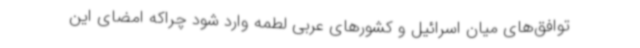
توافق‌های میان اسرائیل و کشورهای عربی لطمه وارد شود چراکه امضای این